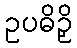
ဥပဓိဉှိ